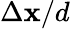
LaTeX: \Delta\mathbf{x}/d